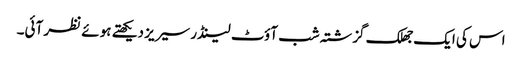
اس کی ایک جھلک گزشتہ شب آؤٹ لینڈر سیریز دیکھتے ہوئے نظر آئی۔